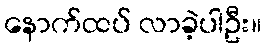
နောက်ထပ် လာခဲ့ပါဦး။